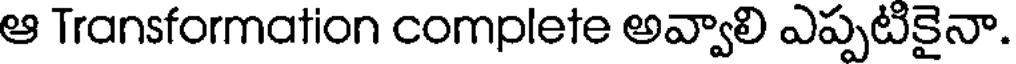
ఆ Transformation complete అవ్వాలి ఎప్పటికైనా.